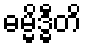
ဓမ္မိဒ္ဓီတိ